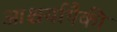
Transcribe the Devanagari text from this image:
आश्चर्यापैकी